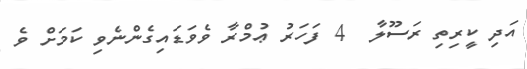
އަދި ކީރިތި ރަސޫލާ  4 ފަހަރު ޢުމްރާ ވެވަޑައިގެންނެވި ކަމަށް ވެ